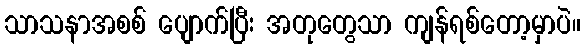
သာသနာအစစ် ပျောက်ပြီး အတုတွေသာ ကျန်ရစ်တော့မှာပဲ။